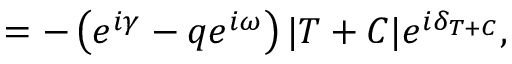
= - \left( e ^ { i \gamma } - q e ^ { i \omega } \right) | T + C | e ^ { i \delta _ { T + C } } ,